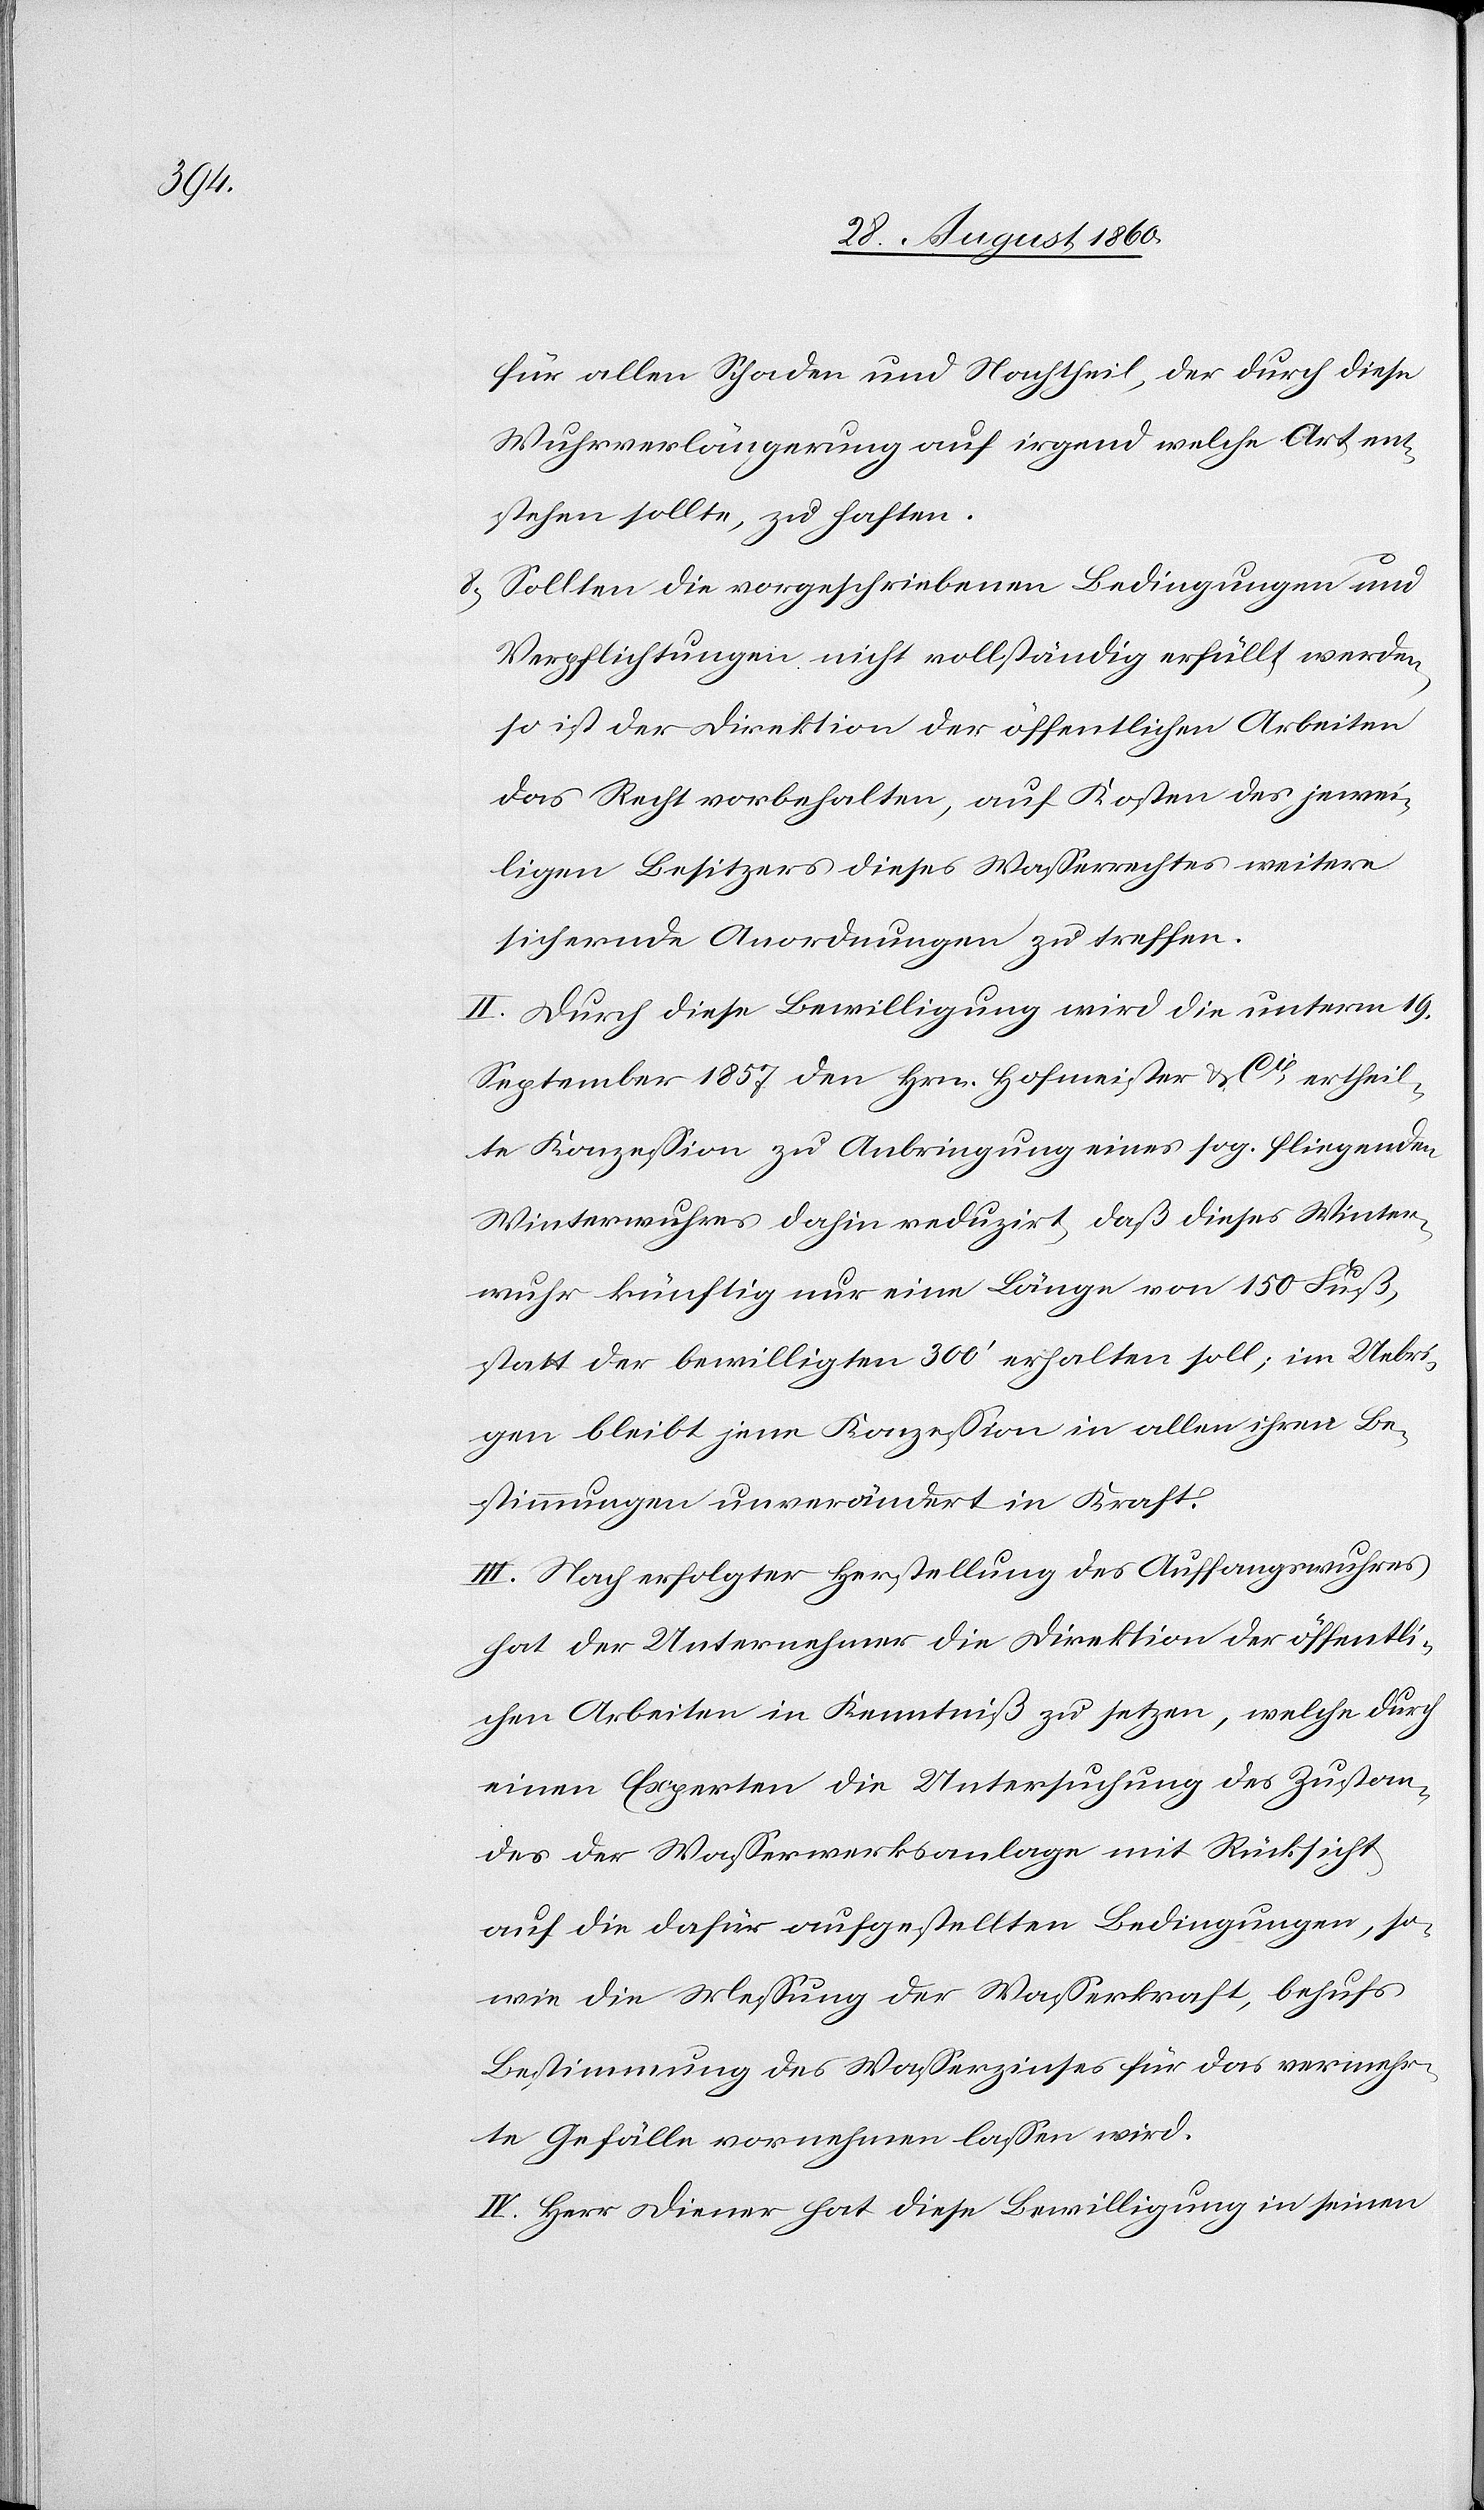
für allen Schaden u. Nachtheil, der durch diese
Wuhrverlängerung auf irgend welche Art ent¬
stehen sollte, zu haften:
8) Sollten die vorgeschriebenen Bedingungen u.
Verpflichtungen nicht vollständig erfüllt werden,
so ist der Direktion der öffentlichen Arbeiten
das Recht vorbehalten auf Kosten des jewei¬
ligen Besitzers dieses Wasserrechtes weitere
sichernde Anordnungen zu treffen.
II. Durch diese Bewilligung wird die unterm 19.
September 1857 den Hrn. Hofmeister u. Cie ertheil¬
te Konzession zu Anbringung eines sogen. fliegenden
Winterwuhres dahin reduzirt, dass dieses Winter¬
wuhr künftig nur eine Länge von 150 Fuss
statt der bewilligten 300’ erhalten soll; im Uebri¬
gen bleibt jene Konzession in allen ihren Be¬
stimmungen unverändert in Kraft.
III. Nach erfolgter Herstellung des Auffangwuhres
hat der Unternehmer die Direktion der öffentli¬
chen Arbeiten in Kenntniss zu setzen, welche durch
einen Experten die Untersuchung des Zustan¬
des der Wasserwerksanlage mit Rücksicht
auf die dafür aufgestellten Bedingungen, so¬
wie die Messung der Wasserkraft, behufs
Bestimmung des Wasserzinses für das vermehr¬
te Gefälle vornehmen lassen wird.
IV. Hr. Diener hat diese Bewilligung in seinen